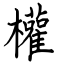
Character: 權